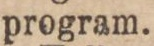
program.